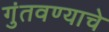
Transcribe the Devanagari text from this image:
गुंतवण्याचे